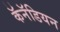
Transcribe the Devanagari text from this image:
कॅनॅडियन